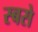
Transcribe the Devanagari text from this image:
स्बसे